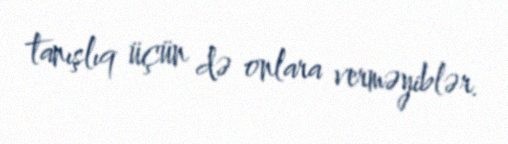
tanışlıq üçün də onlara verməyiblər.